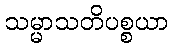
သမ္မာသတိပစ္စယာ